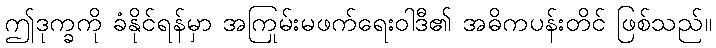
ဤဒုက္ခကို ခံနိုင်ရန်မှာ အကြမ်းမဖက်ရေးဝါဒီ၏ အဓိကပန်းတိုင် ဖြစ်သည်။